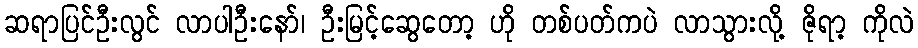
ဆရာပြင်ဦးလွင် လာပါဦးနော်၊ ဦးမြင့်ဆွေတော့ ဟို တစ်ပတ်ကပဲ လာသွားလို့ ဇိုရာ့ ကိုလဲ